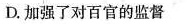
D.加强了对百官的监督